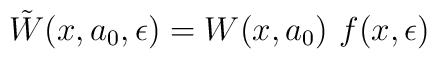
\tilde {W}(x,a_0,\epsilon) = W(x,a_0)~f(x,\epsilon)